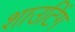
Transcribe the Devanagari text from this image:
शाउटिंग